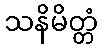
သနိမိတ္တံ